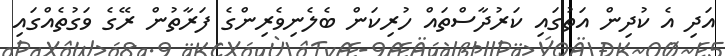
އަދި އެ ކުދިން އަތުގައި ކަރުދާސްތައް ހުރިކަން ބެލެނިވެރިންގެ ފަރާތުން ރޭގެ ވަގުތެއްގައި